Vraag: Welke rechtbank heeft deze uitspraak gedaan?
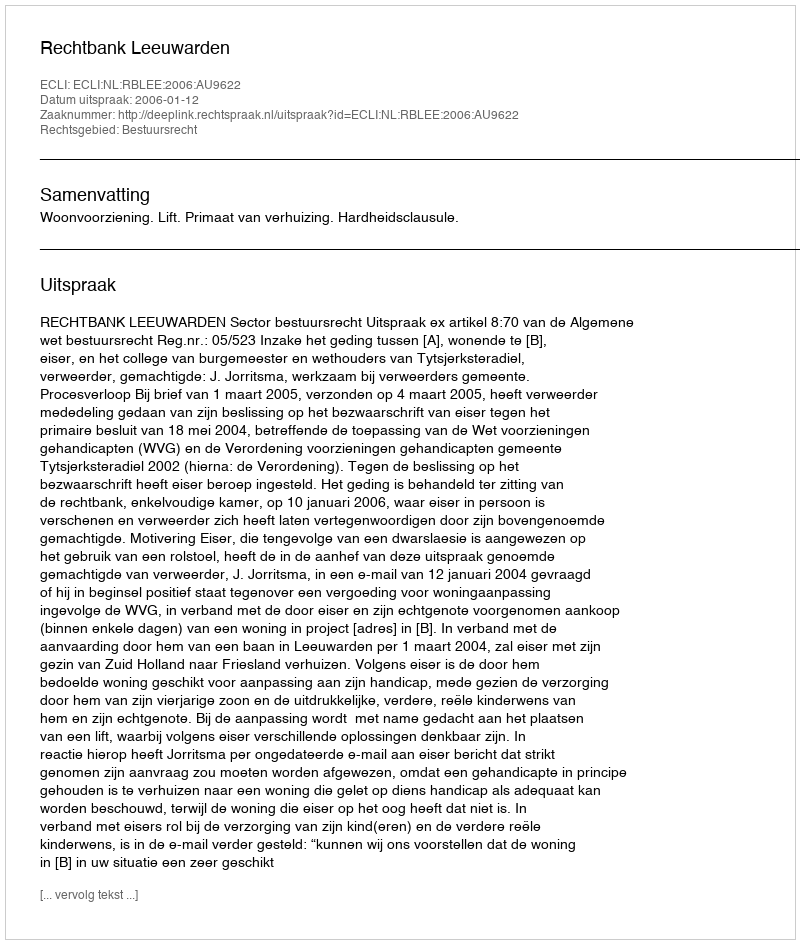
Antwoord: Rechtbank Leeuwarden